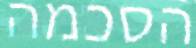
הסכמה